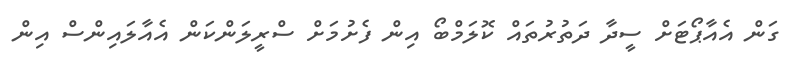
ގަން އެއާޕޯޓަށް ސީދާ ދަތުރުތައް ކޮލަމްބޯ އިން ފެށުމަށް ސްރީލަންކަން އެއާލައިންސް އިން